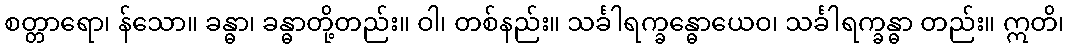
စတ္တာရော၊ န်သော။ ခန္ဓာ၊ ခန္ဓာတို့တည်း။ ဝါ၊ တစ်နည်း။ သင်္ခါရက္ခန္ဓောယေဝ၊ သင်္ခါရက္ခန္ဓာ တည်း။ ဣတိ၊